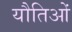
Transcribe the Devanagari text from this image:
यौतिओं